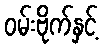
ဝမ်းဗိုက်နှင့်